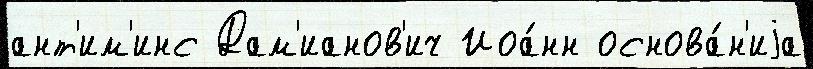
ант'им'инс Дам'ианов'ич Иоа́нн основа́н'иjа